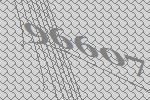
96607